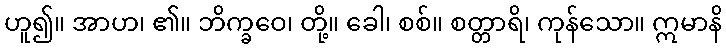
ဟူ၍။ အာဟ၊ ၏။ ဘိက္ခဝေ၊ တို့။ ခေါ၊ စစ်။ စတ္တာရိ၊ ကုန်သော။ ဣမာနိ